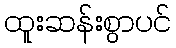
ထူးဆန်းစွာပင်